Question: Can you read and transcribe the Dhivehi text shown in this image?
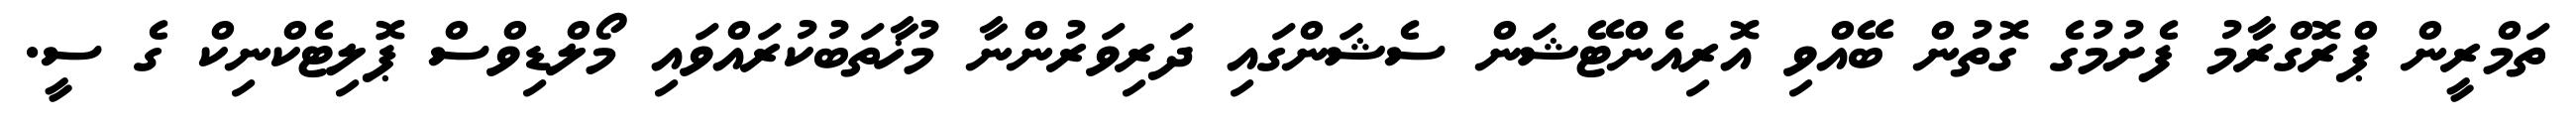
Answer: ތަމްރީން ޕްރޮގްރާމު ފެށުމުގެ ގޮތުން ބޭއްވި އޮރިއެންޓޭޝަން ސެޝަންގައި ދަރިވަރުންނާ މުޚާތަބުކުރައްވައި މޯލްޑިވްސް ޕޮލިޓެކްނިކް ގެ ސީ.